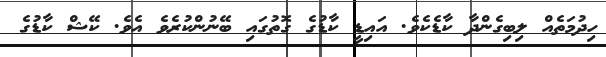
ހިދުމަތެއް ލިބިގެންދާ ކާޑެކެވެ. އައިޑީ ކާޑުގެ ގޮތުގައި ބޭނުންކުރެވެ އެވެ. ކޭޝް ކާޑުގެ